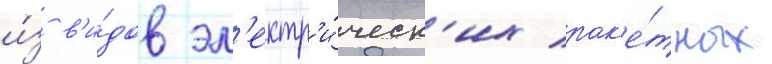
и́з в'и́дов эл'ектр'и́ческ'их рак'е́тных